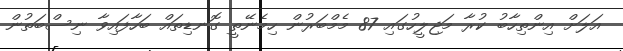
އަލަށް އިންތިހާބު ކުރާ މަޖިލީހުގައި 87 މެމްބަރުން ހިމެނޭތީ ގޮނޑިތައް ބަހާފައިވާ ނިސްބަތުން